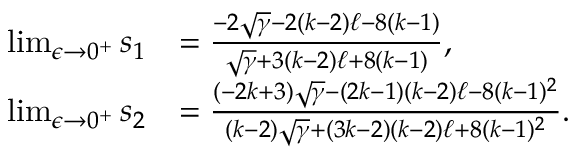
\begin{array} { r l } { \operatorname* { l i m } _ { \epsilon \to 0 ^ { + } } s _ { 1 } } & { = \frac { - 2 \sqrt { \gamma } - 2 ( k - 2 ) \ell - 8 ( k - 1 ) } { \sqrt { \gamma } + 3 ( k - 2 ) \ell + 8 ( k - 1 ) } , } \\ { \operatorname* { l i m } _ { \epsilon \to 0 ^ { + } } s _ { 2 } } & { = \frac { ( - 2 k + 3 ) \sqrt { \gamma } - ( 2 k - 1 ) ( k - 2 ) \ell - 8 ( k - 1 ) ^ { 2 } } { ( k - 2 ) \sqrt { \gamma } + ( 3 k - 2 ) ( k - 2 ) \ell + 8 ( k - 1 ) ^ { 2 } } . } \end{array}